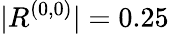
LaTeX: |R^{(0,0)}|=0.25